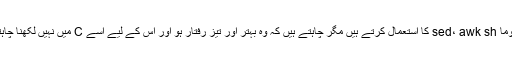
اگر کسی مسئلہ کو حل کرنے کے لیے آپ عموماً sed، awk sh کا استعمال کرتے ہیں مگر چاہتے ہیں کہ وہ بہتر اور تیز رفتار ہو اور اس کے لیے اسے C میں نہیں لکھنا چاہتے تو شاید پرل آپ کے مسئلہ کا بہتر حل ہے۔